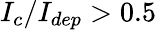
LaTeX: I_{c}/I_{dep}>0.5